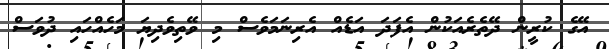
އޭގެ ކުރީން ދޭތެރެއަކުން އެފަދަ އަޑެއް އެރިނަމަވެސް މި ވޭތިވެދިޔަ މަހެއްހައި ދުވަސް